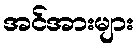
အင်အားများ